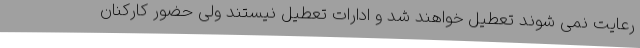
رعایت نمی شوند تعطیل خواهند شد و ادارات تعطیل نیستند ولی حضور کارکنان